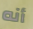
أنه